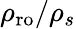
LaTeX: \rho_{\mathrm{ro}}/\rho_{s}